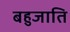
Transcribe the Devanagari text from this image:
बहुजाति